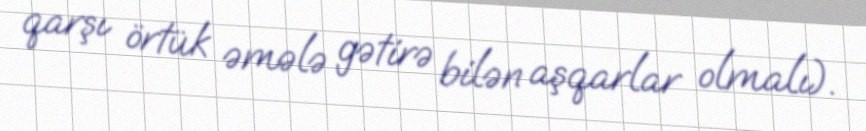
qarşı örtük əmələ gətirə bilən aşqarlar olmalı).